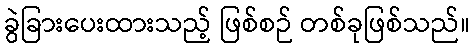
ခွဲခြားပေးထားသည့် ဖြစ်စဉ် တစ်ခုဖြစ်သည်။